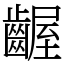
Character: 齷